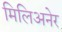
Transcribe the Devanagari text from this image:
मिलिअनेर